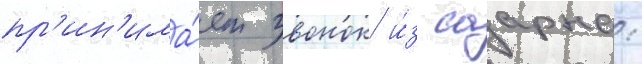
пр'ин'има́ет звонок и́з саарна: